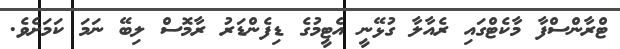
ޓްރާންސްފާ މާކެޓްގައި ރެއާލާ ގުޅޭނީ އެޓީމުގެ ޑިފެންޑަރު ރާމޮސް ލިބޭ ނަމަ ކަމަށެވެ.